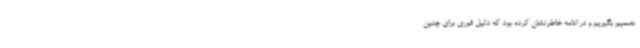
تصمیم بگیریم و در ادامه خاطرنشان کرده بود که دلیل فوری برای چنین